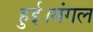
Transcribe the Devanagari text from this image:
हुई।मंगल